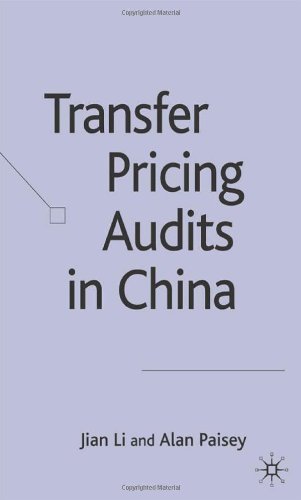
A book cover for Transfer Pricing Audits in China; Jian Li; Law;